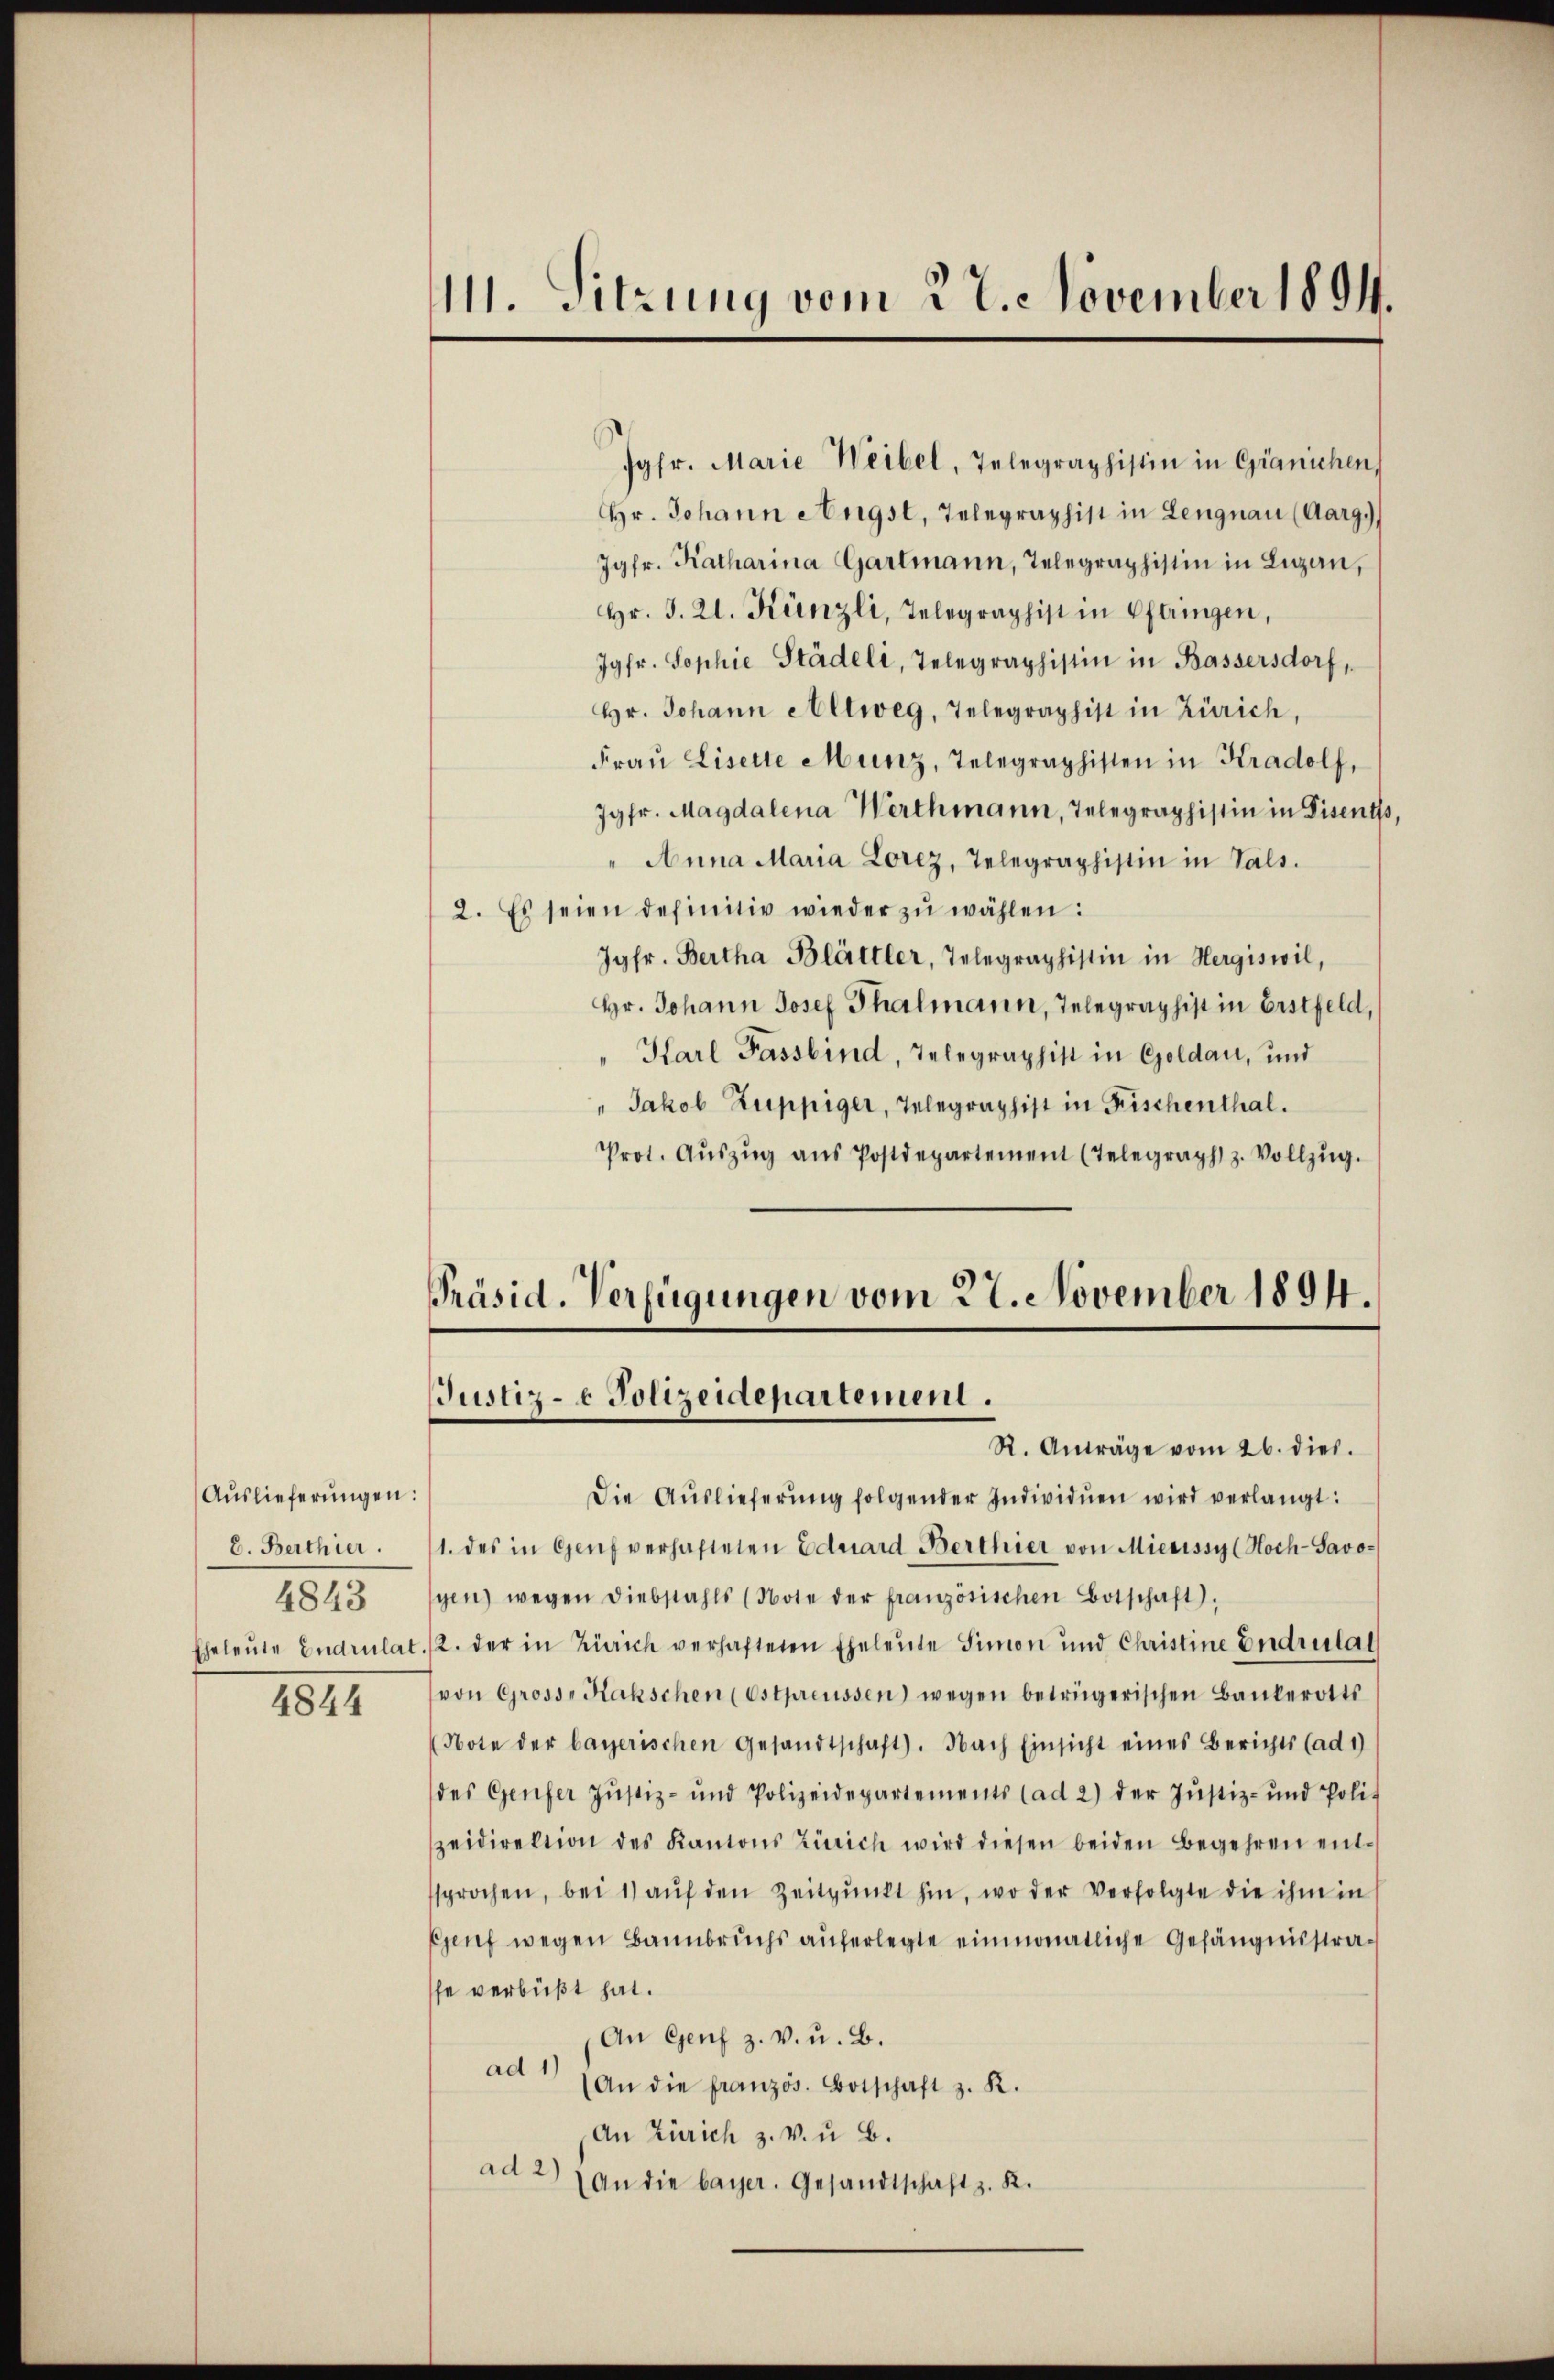
Auslieferungen:
E. Berthier.
4843

4844

111. Sitzung vom 27. November 1894.

Präsid. Verfügungen vom 27. November 1894.
Justiz- & Polizeidepartement.
R. Anträge vom 26. dies.

Jgfr. Marie Weibel, Telegraphistin in Gränichen,
Hr. Johann Angst, Telegraphist in Lengnau (Aarg.)
Jgfr. Katharina Gartmann, Telegraphistin in Lugan,
Hr. S. 21. Künzli, Telegraphist in Oftringen,
Jgfr. Sophie Städeli, Telegraphistin in Bassersdorf,
Hr. Johann Altweg, Telegraphist in Zürich,
Fraŭ Liselle Munz, Telegraphisten in Kradolf,
Jgfr. Magdalena Werthmann, Telegraphistin in Disents,
" Anna Maria Lorez, Telegraphistin in Vals.
2. Es seien definitiv wieder zŭ wählen:
Jgfr. Bertha Blättler, Telegraphistin in Hergiswil,
Hr. Johann Josef Thalmann, Telegraphist in Erstfeld,
" Karl Fassbind, Telegraphist in Goldau, und
" Jakob Zuppiger, Telegraphist in Fischenthal.
Prot. Aŭszŭg aŭs Postdepartement (Telegraph z. Vollzŭg.

Die Auslieferŭng folgender Individuen wird verlangt:
1. des in Genf verhafteten Eduard Berthier von Mienissy (Hoch-Savo-
gen) wegen Diebstahls (Note der französischen Botschaft.
Eheleute Endrulat. 12. der in Zürich verhafteten Eheleute Simon und Christine Endrulat
von Gross-Kakschen (Estpreussen) wegen betrügerischen Bankerotts
Note der bayerischen Gesandtschaft. Nach Einsicht eines Berichts (ad 1)
des Genfer Justiz- und Polizeidepartements (ad 2) der Justiz- und Polit
zeidirektion des Kantons Zürich wird diesen beiden Begehren entsprochen, bei 1) auf den Zeitpunkt hin, wo der Verfolgte die ihm in
Genf wegen Bannbruchs auferlegte einmonatliche Gefängnisstrasse verbüßt hat.
An Genf z. v. u. B.
ad 1)
(An die französ. Botschaft z. R.
An Zürich z. v. u. B.
ad 2) an die bayer. Gesandtschaft z. K.